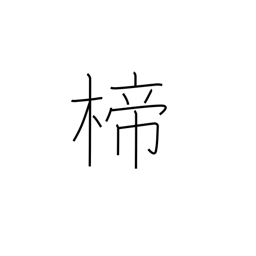
Meaning: ornamental hairpin